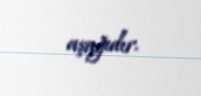
aşağıdır.